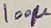
Text: 100µ